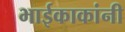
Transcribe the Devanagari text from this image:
भाईकाकांनी